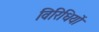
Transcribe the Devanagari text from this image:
विरिधियों